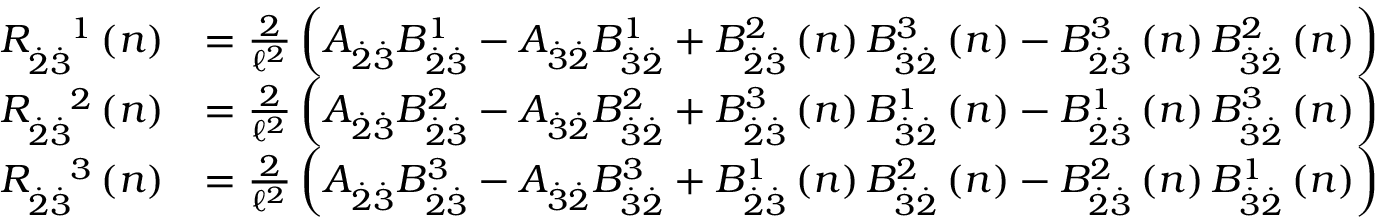
\begin{array} { r l } { R _ { \overset { . } { 2 } \overset { . } { 3 } } ^ { \quad 1 } \left( n \right) } & { = \frac { 2 } { \mathcal { \ell } ^ { 2 } } \left( A _ { \overset { . } { 2 } \overset { . } { 3 } } B _ { \overset { . } { 2 } \overset { . } { 3 } } ^ { 1 } - A _ { \overset { . } { 3 } \overset { . } { 2 } } B _ { \overset { . } { 3 } \overset { . } { 2 } } ^ { 1 } + B _ { \overset { . } { 2 } \overset { . } { 3 } } ^ { 2 } \left( n \right) B _ { \overset { . } { 3 } \overset { . } { 2 } } ^ { 3 } \left( n \right) - B _ { \overset { . } { 2 } \overset { . } { 3 } } ^ { 3 } \left( n \right) B _ { \overset { . } { 3 } \overset { . } { 2 } } ^ { 2 } \left( n \right) \right) } \\ { R _ { \overset { . } { 2 } \overset { . } { 3 } } ^ { \quad 2 } \left( n \right) } & { = \frac { 2 } { \mathcal { \ell } ^ { 2 } } \left( A _ { \overset { . } { 2 } \overset { . } { 3 } } B _ { \overset { . } { 2 } \overset { . } { 3 } } ^ { 2 } - A _ { \overset { . } { 3 } \overset { . } { 2 } } B _ { \overset { . } { 3 } \overset { . } { 2 } } ^ { 2 } + B _ { \overset { . } { 2 } \overset { . } { 3 } } ^ { 3 } \left( n \right) B _ { \overset { . } { 3 } \overset { . } { 2 } } ^ { 1 } \left( n \right) - B _ { \overset { . } { 2 } \overset { . } { 3 } } ^ { 1 } \left( n \right) B _ { \overset { . } { 3 } \overset { . } { 2 } } ^ { 3 } \left( n \right) \right) } \\ { R _ { \overset { . } { 2 } \overset { . } { 3 } } ^ { \quad 3 } \left( n \right) } & { = \frac { 2 } { \mathcal { \ell } ^ { 2 } } \left( A _ { \overset { . } { 2 } \overset { . } { 3 } } B _ { \overset { . } { 2 } \overset { . } { 3 } } ^ { 3 } - A _ { \overset { . } { 3 } \overset { . } { 2 } } B _ { \overset { . } { 3 } \overset { . } { 2 } } ^ { 3 } + B _ { \overset { . } { 2 } \overset { . } { 3 } } ^ { 1 } \left( n \right) B _ { \overset { . } { 3 } \overset { . } { 2 } } ^ { 2 } \left( n \right) - B _ { \overset { . } { 2 } \overset { . } { 3 } } ^ { 2 } \left( n \right) B _ { \overset { . } { 3 } \overset { . } { 2 } } ^ { 1 } \left( n \right) \right) } \end{array}